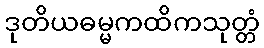
ဒုတိယဓမ္မကထိကသုတ္တံ